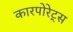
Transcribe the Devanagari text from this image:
कारपोरेट्स